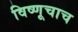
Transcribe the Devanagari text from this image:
विष्णूचाच